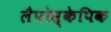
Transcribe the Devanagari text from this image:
लैपोस्केपिक